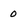
Character: 0